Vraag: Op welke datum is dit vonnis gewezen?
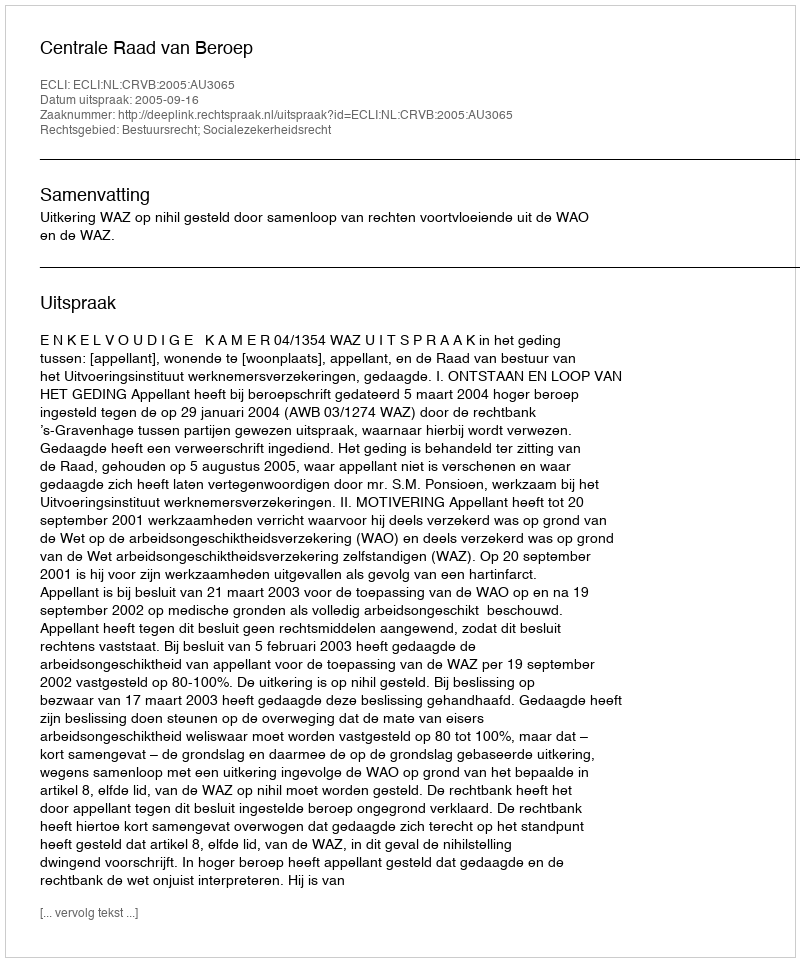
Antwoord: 2005-09-16